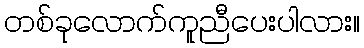
တစ်ခုလောက်ကူညီပေးပါလား။